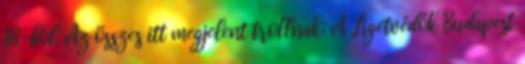
18-ból. Az összes itt megjelent trollnak: A Ligetvédők Budapest